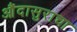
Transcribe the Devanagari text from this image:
औंदासुराचा